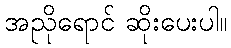
အညိုရောင် ဆိုးပေးပါ။